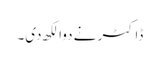
ڈاکٹر نے دوا لکھ دی۔